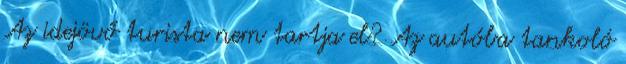
Az idejövő turista nem tartja el? Az autóba tankoló